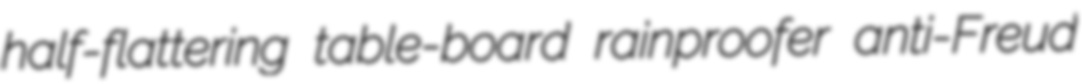
half-flattering table-board rainproofer anti-Freud